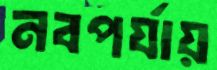
নবপর্যায়